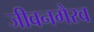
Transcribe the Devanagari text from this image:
जीवनगैरव